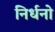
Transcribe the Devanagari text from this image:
निर्धनो